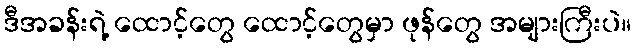
ဒီအခန်းရဲ့ ထောင့်တွေ ထောင့်တွေမှာ ဖုန်တွေ အများကြီးပဲ။